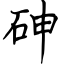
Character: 砷